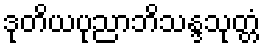
ဒုတိယပုညာဘိသန္ဒသုတ္တံ